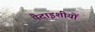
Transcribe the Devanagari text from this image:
पैदाइशीयों